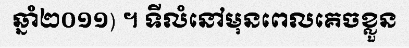
ឆ្នាំ២០១១) ។ ទីលំនៅមុនពេលគេចខ្លួន